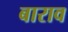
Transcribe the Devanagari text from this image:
बाराव